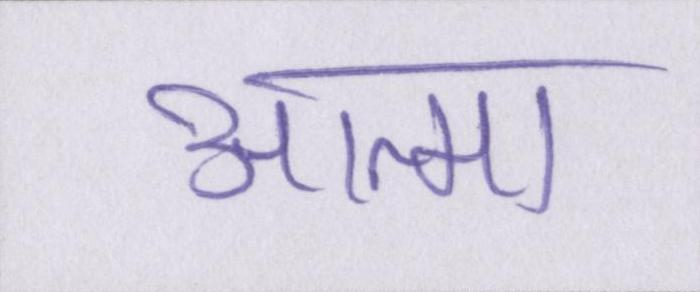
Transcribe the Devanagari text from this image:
आत्मा